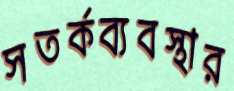
সতর্কব্যবস্থার